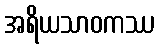
အရိယသာဝကဿ